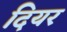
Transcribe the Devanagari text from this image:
दियर